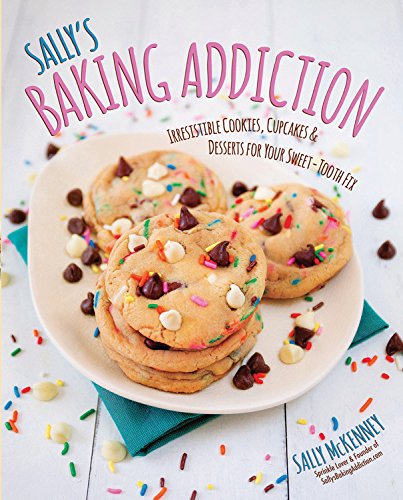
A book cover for Sally's Baking Addiction: Irresistible Cookies, Cupcakes, and Desserts for Your Sweet-Tooth Fix; Sally McKenney; Cookbooks, Food & Wine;